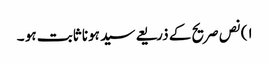
١) نص صریح کے ذریعے سید ہونا ثابت ہو ۔